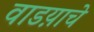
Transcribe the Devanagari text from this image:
वाडय़ाचे